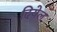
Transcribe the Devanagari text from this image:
दियेल